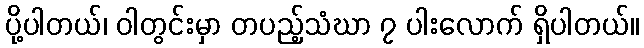
ပို့ပါတယ်၊ ဝါတွင်းမှာ တပည့်သံဃာ ၇ ပါးလောက် ရှိပါတယ်။